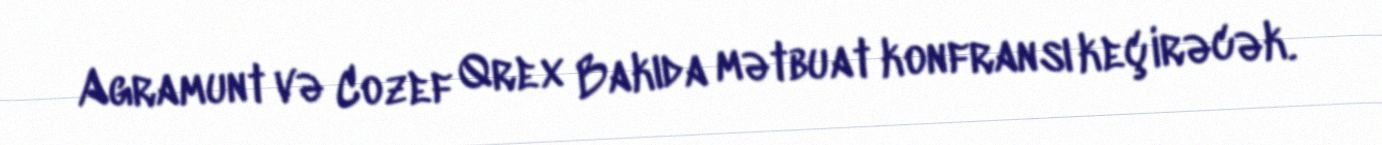
Agramunt və Cozef Qrex Bakıda mətbuat konfransı keçirəcək.